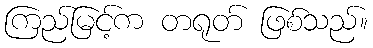
ကြည်မြင့်က တရုတ် ဖြစ်သည်။